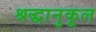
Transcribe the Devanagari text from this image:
श्रद्धानुकूल